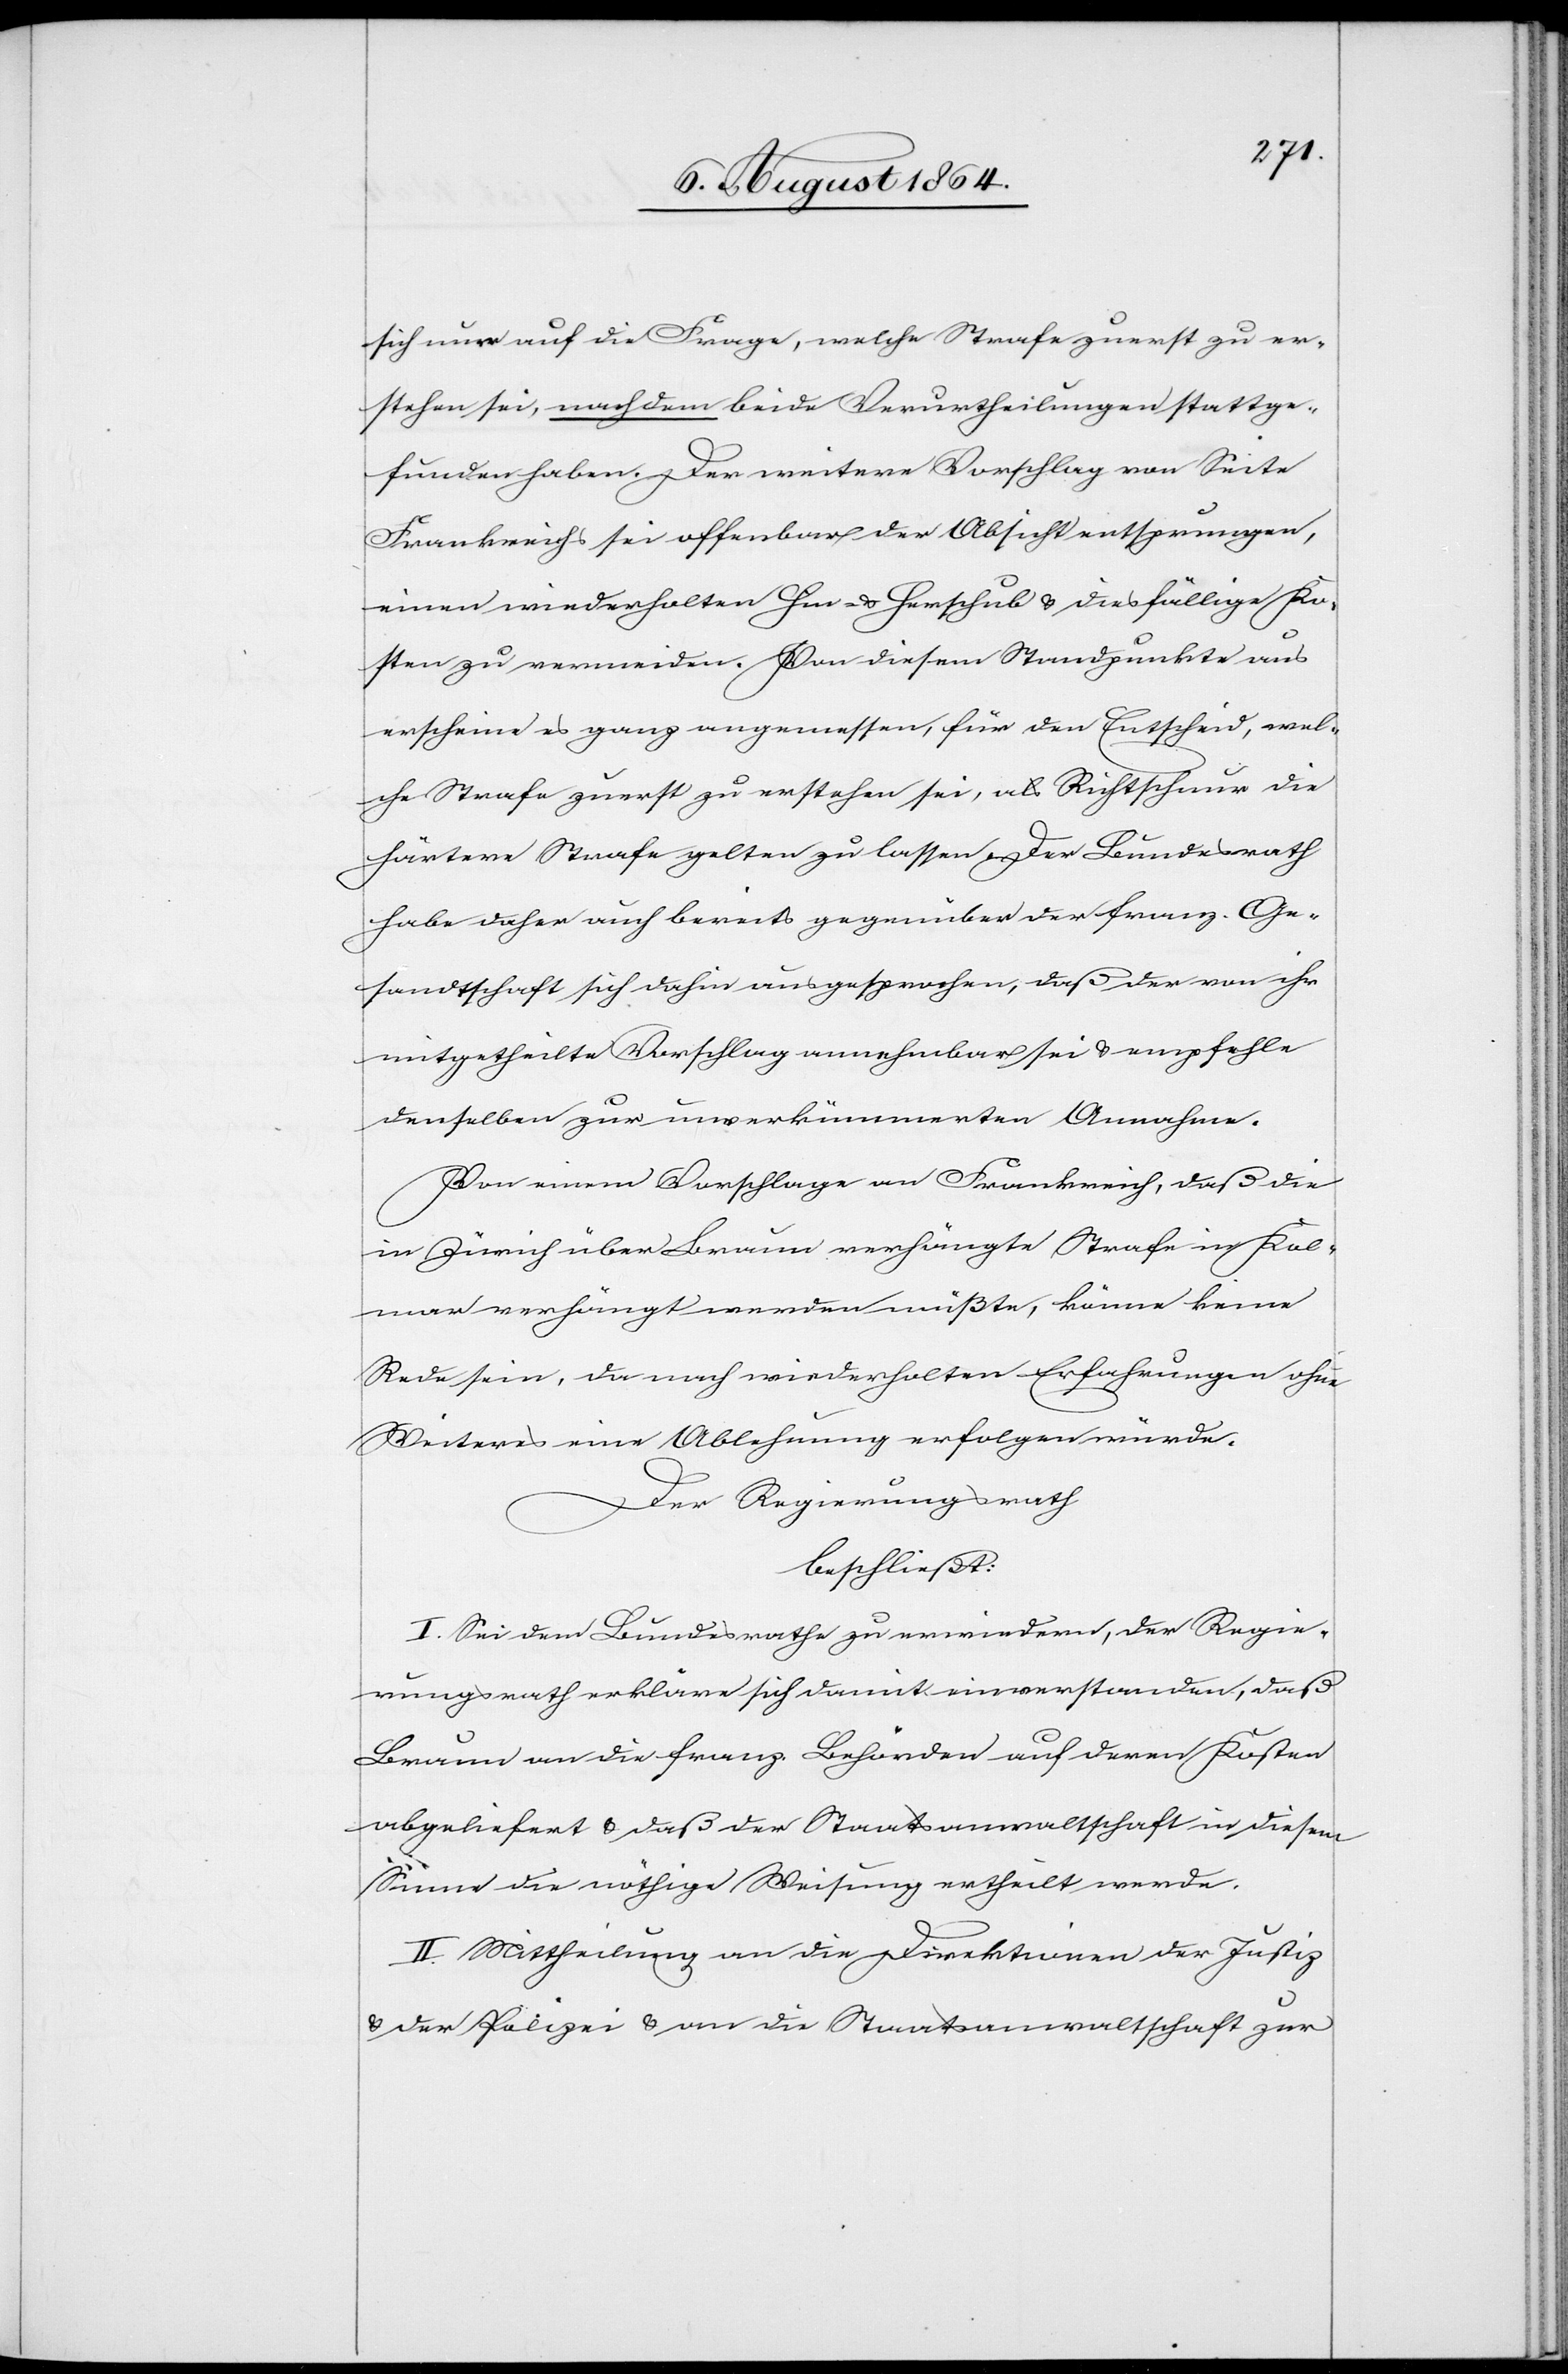
sich auf die Frage, welche Strafe zuerst zu er¬
stehen sei, nachdem beide Verurtheilungen stattge¬
funden haben. Der weitere Vorschlag von Seite
Frankreichs sei offenbar der Absicht entsprungen,
einen wiederholten Hin- & Herschub & diesfällige Ko¬
sten zu vermeiden. Von diesem Standpunkte aus
erscheine es ganz angemessen, für den Entscheid, wel¬
che Strafe zuerst zu entstehen sei, als Richtschnur die
härtere Strafe gelten zu lassen. Der Bundesrath
habe daher auch bereits gegenüber der franz. Ge¬
sandtschaft sich dahin ausgesprochen, daß der von ihr
mitgetheilte Vorschlag annehmbar sei & empfehle
denselben zur unverkümmerten Annahme.
Von einem Vorschlage an Frankreich, daß die
in Zürich über Braun verhänge Strafe in Kolmar
verhängt werden müßte, könne keine
Rede sein, da nach wiederholten Erfahrungen ohne
Weiteres eine Ablehnung erfolgen würde.
Der Regierungsrath
beschließt:
I. Sei dem Bundesrathe zu erwiedern, der Regie¬
rungsrath erkläre sich damit einverstanden, daß
Braun an die franz. Behörden auf deren Kosten
abgeliefert & daß der Staatsanwaltschaft in diesem
Sinne die nöthige Weisung ertheilt werde.
II. Mittheilung an die Direktionen der Justiz
& der Polizei & an die Staatsanwaltschaft zur